Investigations on Bengal jail dietaries - Number 37
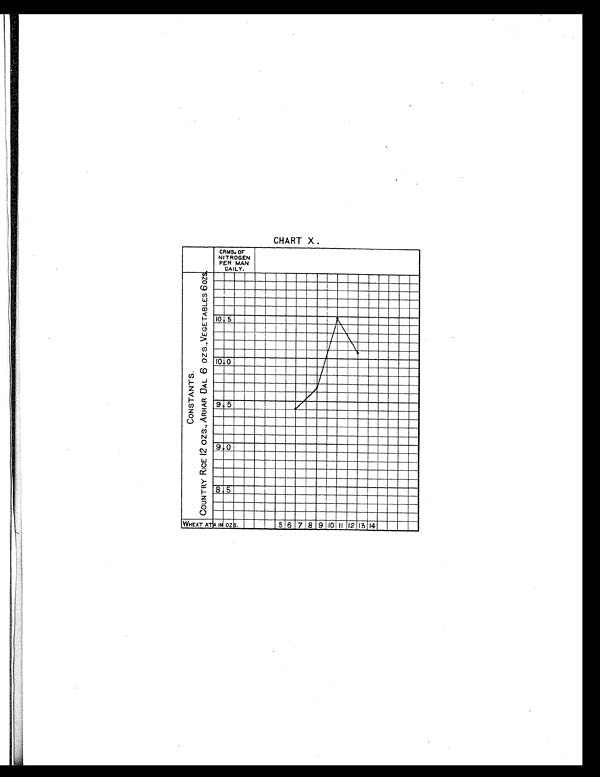
CHART X .